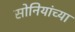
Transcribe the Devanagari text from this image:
सोनियांच्या